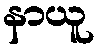
နာယူ